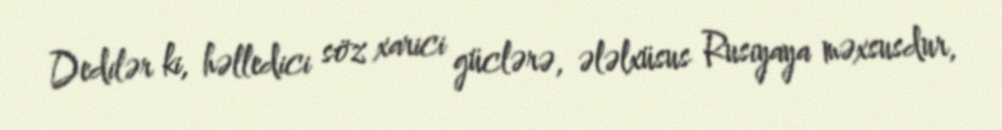
Dedilər ki, həlledici söz xarici güclərə, ələlxüsus Rusiyaya məxsusdur,